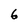
Character: 6